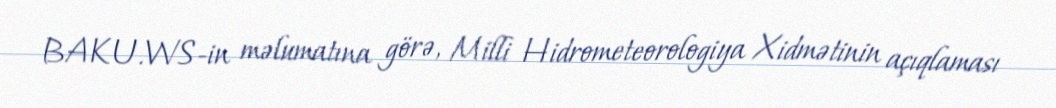
BAKU.WS-in məlumatına görə, Milli Hidrometeorologiya Xidmətinin açıqlaması